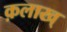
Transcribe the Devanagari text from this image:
क़लाख्‌